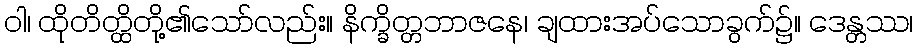
ဝါ၊ ထိုတိတ္ထိတို့၏သော်လည်း။ နိက္ခိတ္တဘာဇနေ၊ ချထားအပ်သောခွက်၌။ ဒေန္တဿ၊